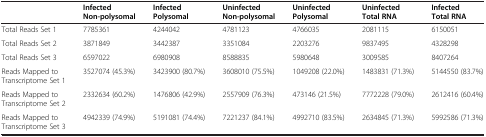
<table><thead><tr><td><b> </b></td><td><b>Infected Non-polysomal</b></td><td><b>Infected Polysomal</b></td><td><b>Uninfected Non-polysomal</b></td><td><b>Uninfected Polysomal</b></td><td><b>Uninfected Total RNA</b></td><td><b>Infected Total RNA</b></td></tr></thead><tbody><tr><td>Total Reads Set 1</td><td>7785361</td><td>4244042</td><td>4781123</td><td>4766035</td><td>2081115</td><td>6150051</td></tr><tr><td>Total Reads Set 2</td><td>3871849</td><td>3442387</td><td>3351084</td><td>2203276</td><td>9837495</td><td>4328298</td></tr><tr><td>Total Reads Set 3</td><td>6597022</td><td>6980908</td><td>8588835</td><td>5980648</td><td>3009585</td><td>8407264</td></tr><tr><td>Reads Mapped to Transcriptome Set 1</td><td>3527074 (45.3%)</td><td>3423900 (80.7%)</td><td>3608010 (75.5%)</td><td>1049208 (22.0%)</td><td>1483831 (71.3%)</td><td>5144550 (83.7%)</td></tr><tr><td>Reads Mapped to Transcriptome Set 2</td><td>2332634 (60.2%)</td><td>1476806 (42.9%)</td><td>2557909 (76.3%)</td><td>473146 (21.5%)</td><td>7772228 (79.0%)</td><td>2612416 (60.4%)</td></tr><tr><td>Reads Mapped to Transcriptome Set 3</td><td>4942339 (74.9%)</td><td>5191081 (74.4%)</td><td>7221237 (84.1%)</td><td>4992710 (83.5%)</td><td>2634845 (71.3%)</td><td>5992586 (71.3%)</td></tr></tbody></table>